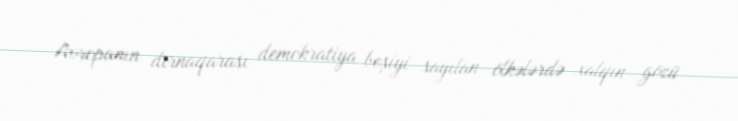
Avropanın dırnaqarası demokratiya beşiyi sayılan ölkələrdə xalqın gözü